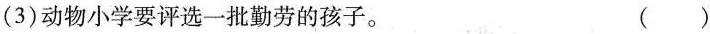
(3)动物小学要评选一批勤劳的孩子。()